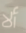
ألا